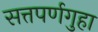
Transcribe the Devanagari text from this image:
सत्तपर्णगुहा